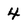
Character: 4